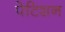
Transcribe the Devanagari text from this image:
पेटिशन